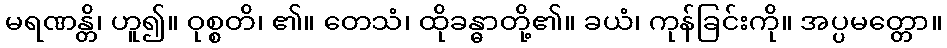
မရဏန္တိ၊ ဟူ၍။ ဝုစ္စတိ၊ ၏။ တေသံ၊ ထိုခန္ဓာတို့၏။ ခယံ၊ ကုန်ခြင်းကို။ အပ္ပမတ္တော။